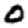
Digit: 0